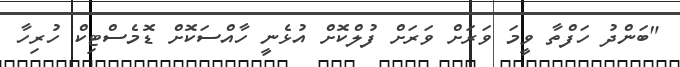
"ބަންދު ހަފްތާ ވީމަ ވަރަށް ވަރަށް ފުލްކޮށް އުޅެނީ ހާއްސަކޮށް ޑޮމެސްޓިކް ހުރިހާ